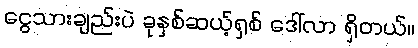
ငွေသားချည်းပဲ ခုနှစ်ဆယ့်ရှစ် ဒေါ်လာ ရှိတယ်။